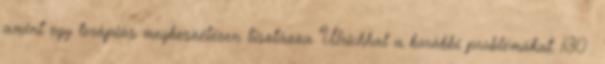
amint egy terápiás megbeszélésen tisztázza Ulrichhal a korábbi problémákat. 130